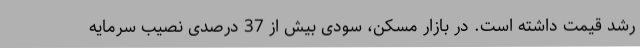
رشد قیمت داشته است. در بازار مسکن، سودی بیش از 37 درصدی نصیب سرمایه